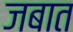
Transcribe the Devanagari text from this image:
जबात